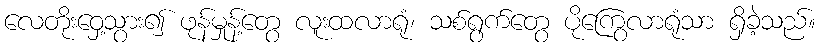
လေတိုးဝှေ့သွား၍ ဖုန်မှုန့်တွေ လူးထလာရုံ၊ သစ်ရွက်တွေ ပိုကြွေလာရုံသာ ရှိခဲ့သည်။